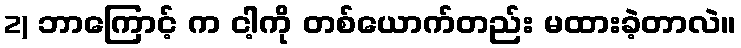
2) ဘာကြောင့် က ငါ့ကို တစ်ယောက်တည်း မထားခဲ့တာလဲ။